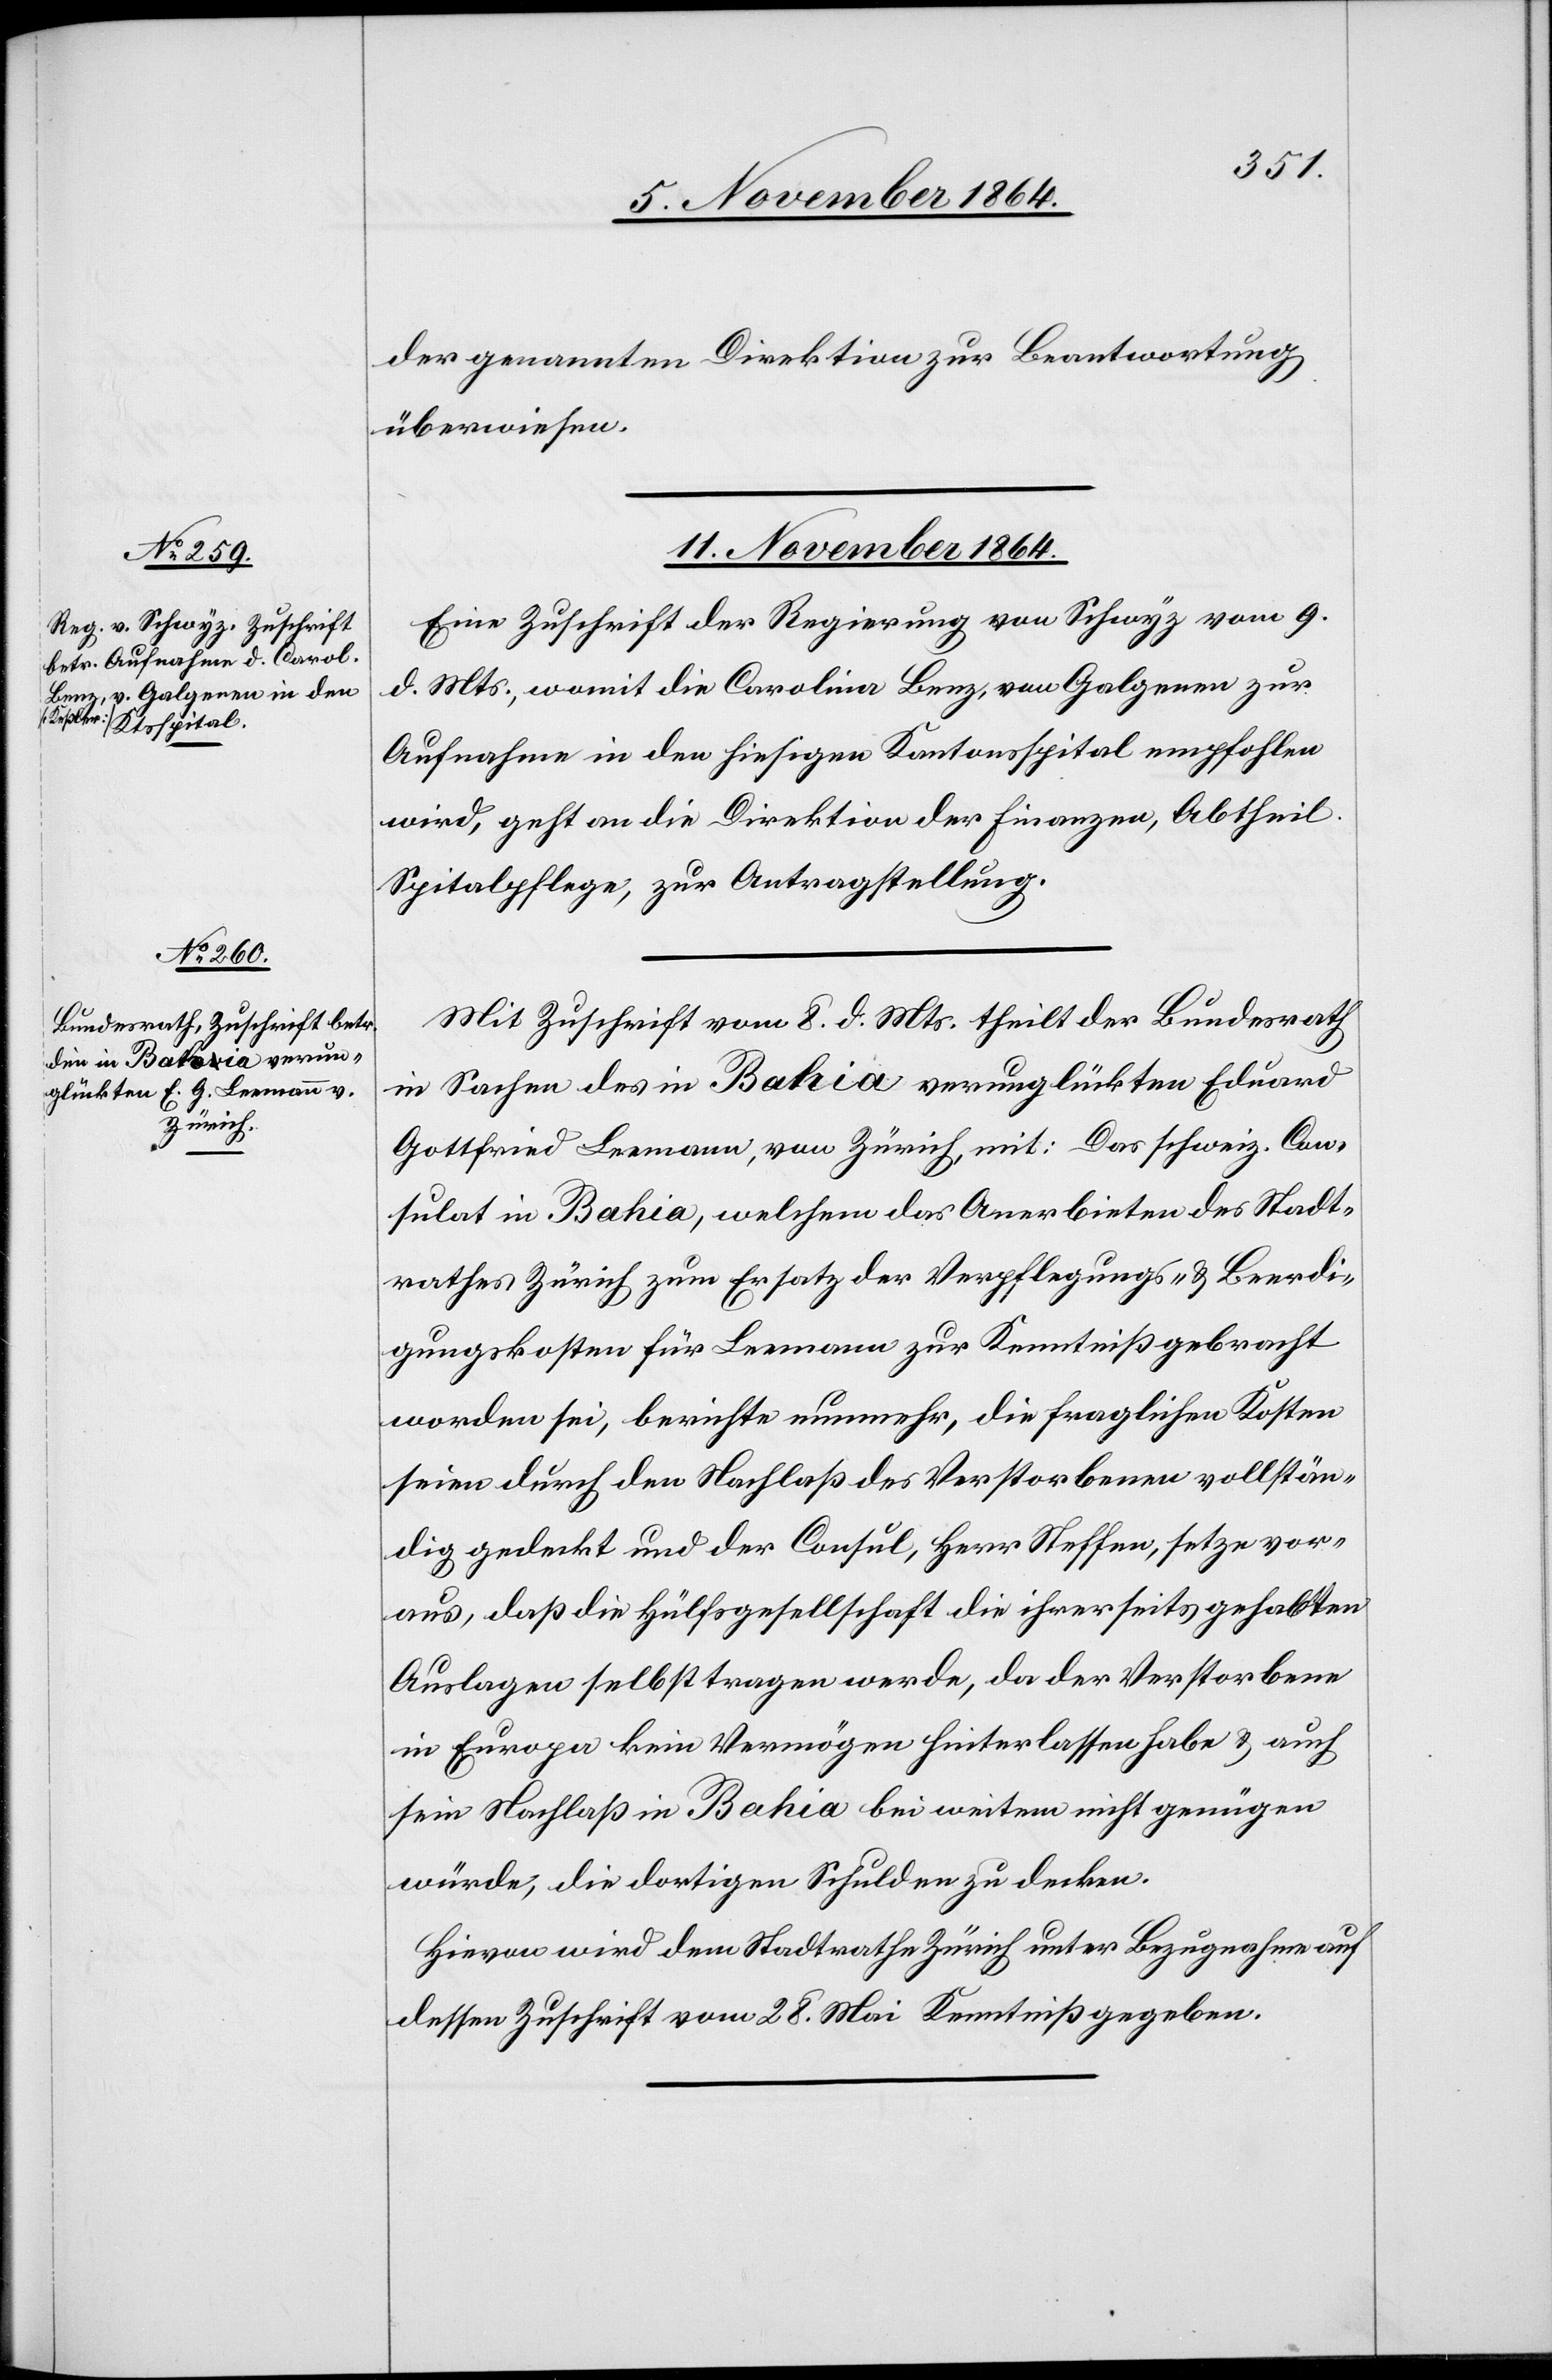
der genannten Direktion zur Beantwortung
überwiesen.
11. November 1864.]
Eine Zuschrift der Regierung von Schwyz vom 9.
d. Mts., womit die Carolina Benz [recte: Carolina Keßler],
Aufnahme in den hiesigen Kantonsspital empfohlen
wird, geht an die Direktion der Finanzen, Abtheil.
Spitalpflege, zur Antragstellung.
Mit Zuschrift vom 8. d. Mts. theilt der Bundesrath
in Sachen des in Bahia verunglückten Eduard
Gottfried Leemann, von Zürich, mit: Das schweiz. Con¬
sulat in Bahia, welchem das Anerbieten des Stadt¬
rathes Zürich zum Ersatz der Verpflegungs- & Beerdi¬
gungskosten für Leemann zur Kenntniß gebracht
worden sei, berichte nunmehr, die fraglichen Kosten
seien durch den Nachlaß des Verstorbenen vollstän¬
dig gedeckt und der Consul, Herr Steffen, setze vor¬
aus, daß die Hülfsgesellschaft die ihrerseits gehabten
Auslagen selbst tragen werde, da der Verstorbene
in Europa kein Vermögen hinterlassen habe & auch
sein Nachlaß in Bahia bei weitem nicht genügen
würde, die dortigen Schulden zu decken.
Hievon wird dem Stadtrathe Zürich unter Bezugnahme auf
dessen Zuschrift vom 28. Mai Kenntniß gegeben.